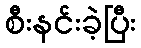
စီးနင်းခဲ့ပြီး